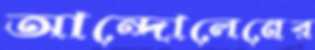
আন্দোলেনের